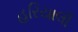
હરિયાલી